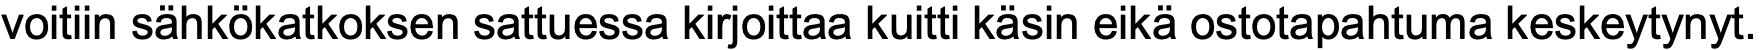
voitiin sähkökatkoksen sattuessa kirjoittaa kuitti käsin eikä ostotapahtuma keskeytynyt.